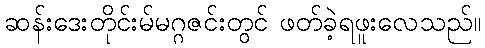
ဆန်းဒေးတိုင်းမ်မဂ္ဂဇင်းတွင် ဖတ်ခဲ့ရဖူးလေသည်။